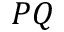
P Q